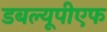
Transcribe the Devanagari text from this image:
डबल्यूपीएफ